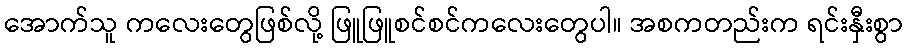
အောက်သူ ကလေးတွေဖြစ်လို့ ဖြူဖြူစင်စင်ကလေးတွေပါ။ အစကတည်းက ရင်းနှီးစွာ